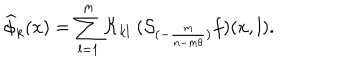
\widehat { \phi } _ { k } ( x ) = \sum _ { l = 1 } ^ { m } { \cal K } _ { k l } ~ ( { \cal S } _ { ( - \frac { m } { n - m \theta } ) } f ) ( x , l ) .